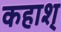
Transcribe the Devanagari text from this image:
कहाश्